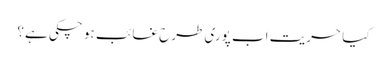
کیا حریت اب پوری طرح غائب ہو چکی ہے؟